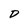
Character: D